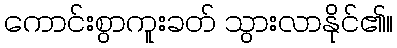
ကောင်းစွာကူးခတ် သွားလာနိုင်၏။